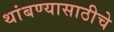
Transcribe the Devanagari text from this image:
थांबण्यासाठीचे